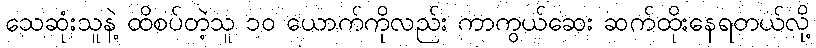
သေဆုံးသူနဲ့ ထိစပ်တဲ့သူ ၁၀ ယောက်ကိုလည်း ကာကွယ်ဆေး ဆက်ထိုးနေရတယ်လို့